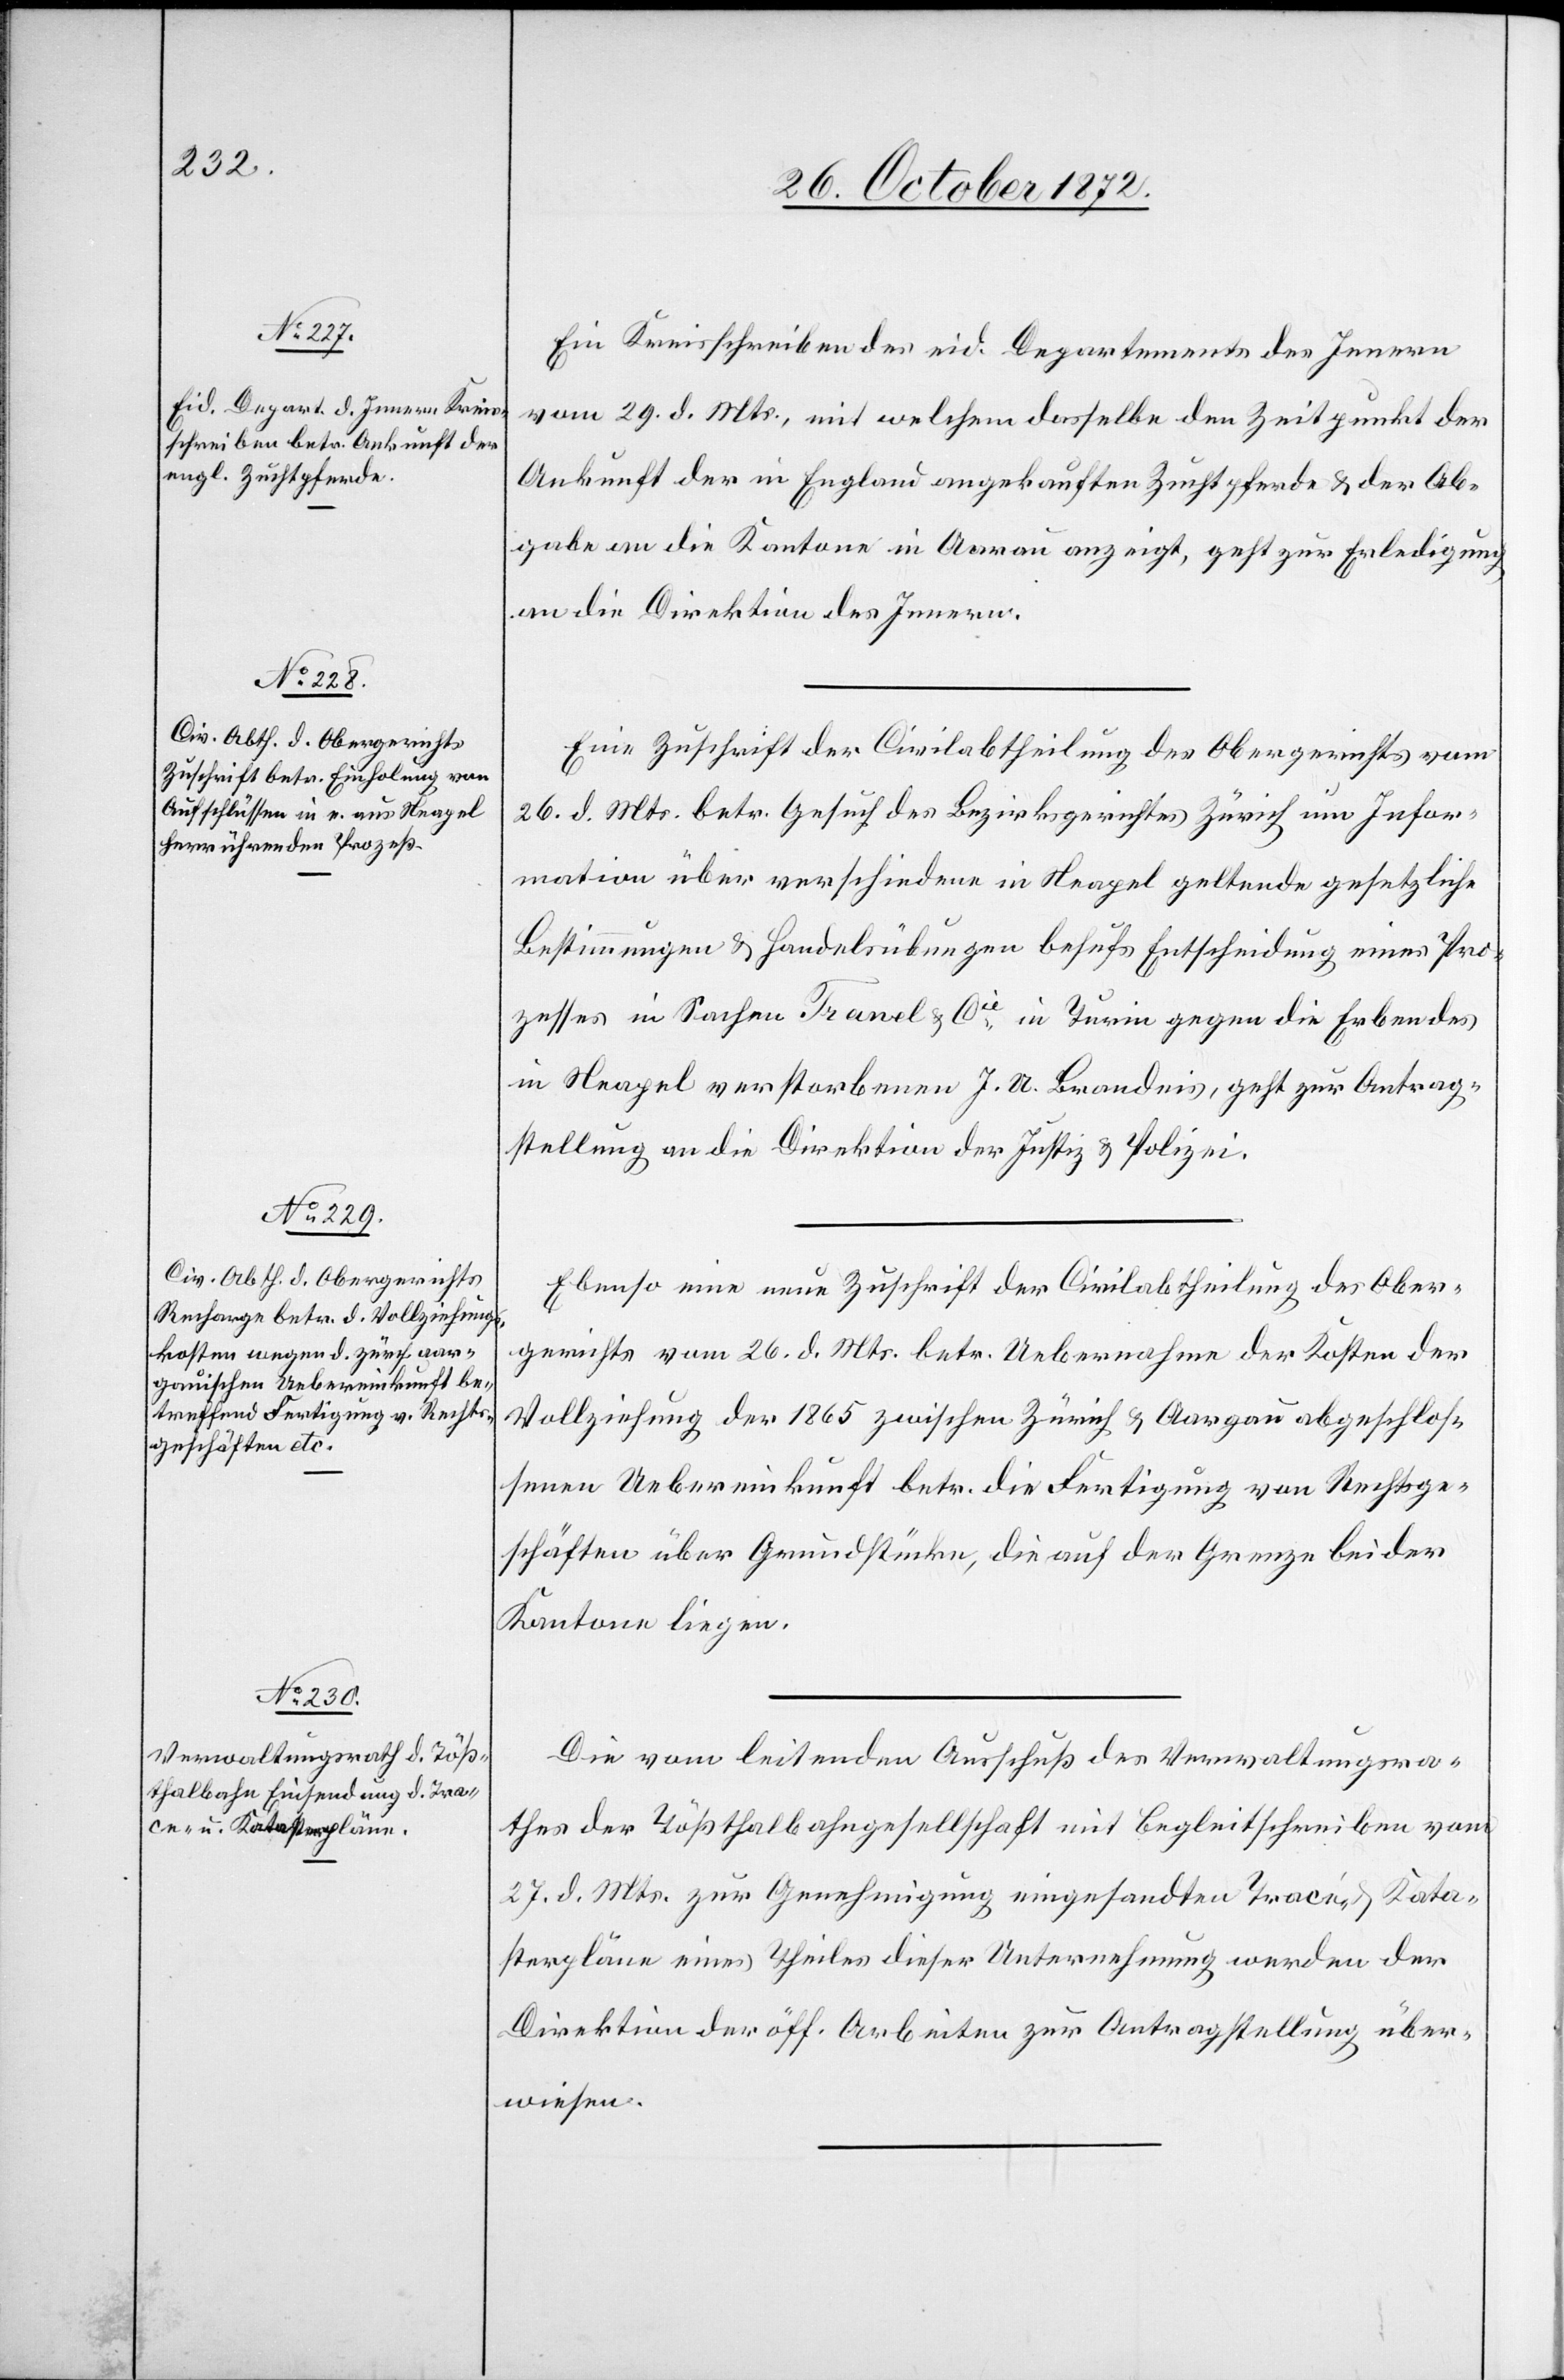
31. October 1872.]
Ein Kreisschreiben des eid. Departements des Innern
vom 29. d. Mts., mit welchem dasselbe den Zeitpunkt der
Ankunft der in England angekauften Zuchtpferde u. der Ab¬
gabe an die Kantone in Aarau anzeigt, geht zur Erledigung
an die Direktion des Innern.
Eine Zuschrift der Civilabtheilung des Obergerichts vom
26. d. Mts. betr. Gesuch des Bezirksgerichtes Zürich um Infor¬
mation über verschiedene in Neapel geltende gesetzliche
Bestimmungen u. Handelsübungen behufs Entscheidung eines Pro¬
zesses in Sachen Tranel u. Cie in Turin gegen die Erben des
in Neapel verstorbenen J. A. Brandeis, geht zur Antrag¬
stellung an die Direktion der Justiz u. Polizei.
Ebenso eine neue Zuschrift der Civilabtheilung des Ober¬
gerichts vom 26. d. Mts. betr. Uebernahme der Kosten der
Vollziehung der 1865 zwischen Zürich u. Aargau abgeschlos¬
senen Uebereinkunft betr. die Fertigung von Rechtsge¬
schäften über Grundstücke, die auf der Grenze beider
Kantone liegen.
Die vom leitenden Ausschuß des Verwaltungsra¬
thes der Tößthalbahngesellschaft mit Begleitschreiben vom
27. d. Mts. zur Genehmigung eingesandten Tracé u. Kata¬
sterpläne eines Theiles dieser Unternehmung werden der
Direktion der öff. Arbeiten zur Antragstellung über¬
wiesen.